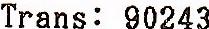
TRANS: 90243